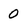
Character: 0